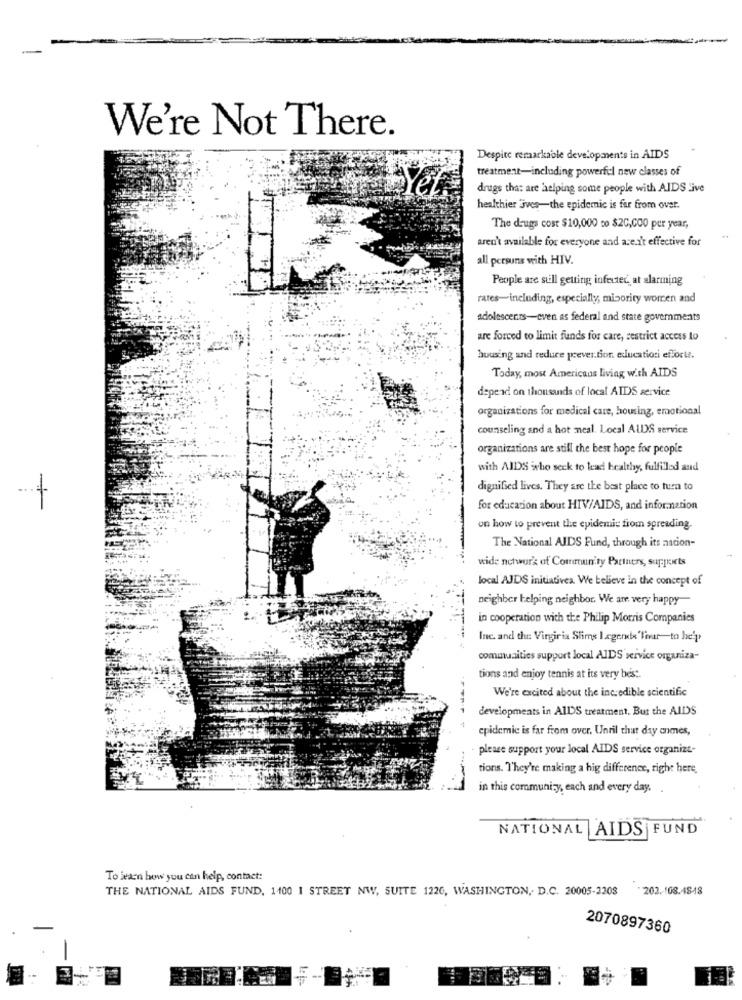
We're Not There.
Despite remarkable developments in AIDS
treatment-including powerful new classes of
Yer
drugs that are helping some people with AIDS Sive
healthier jves-the epidemic is far from over.
The drugs cost $10,000 to $20,000 per year,
aren't available for everyone and are.I't effective for
all persuns with HIV.
People are still getting infected, at alarming
rares-including, especially, minority women and
adolescents-even as federal and state governments
are forced to limit funds for care, restrict access to
housing and reduce prever.for educationi eflocte.
Today, most Americans living with AIDS
depend on thousands of local AIDS service
organizations for medical care, housing, emotional
counseling and a hot neal. Local AUDS service
organizations are still the best hope for people
with AIDS who seck to lead healthy, fulfilled and
dignified lives. They are the best place to turn to
for education about HIV/AIDS, and informnation
on how to prevent the epidemic from spreading.
The National AIDS Fund, through its nacion-
wide network of Community Partners, suppruts
local AJDS initiatives. We believe in the concept of
neighbor helping neighbor. We am very happy
in cooperation with the Philip Morris Companies
Inc. and the Virginia Slims I .egende'Tovar-to be'p
communities support local AIDS service organiza-
tions and enjoy tennis at its very best.
We're excited about the incredible scientific
developments in AIDS treatment. But the AIDS
epidemic is far from over. Unril that day enmes,
please support your local AIDS service organizt-
tions. They're making a hig difference, right here.
in this communi;y, each and every day.
NATIONAL AIDS FUND
To learn how you can help, contact:
THE NATIONAL AIDS FUND, 1400 1 STREET NW, SUITE 1220, WASHINGTON, D.C. 20005-2208
202. 108.48-18
2070897360